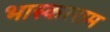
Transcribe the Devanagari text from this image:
भास्करराम